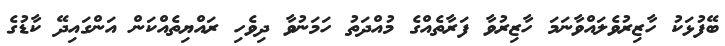
ބޭފުޅަކު ހާޒިރުވެލައްވާނަމަ ހާޒިރުވާ ފަރާތެއްގެ މުއްދަތު ހަމަނުވާ ދިވެހި ރައްޔިތެއްކަން އަންގައިދޭ ކާޑުގެ